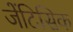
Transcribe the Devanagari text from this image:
जेंटिसिक